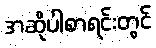
အဆိုပါစာရင်းတွင်